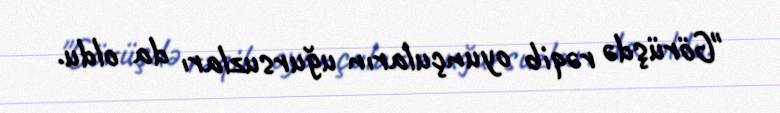
"Görüşdə rəqib oyunçuların uğursuzları da oldu.